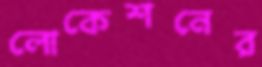
লোকেশনের